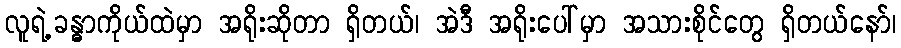
လူရဲ့ခန္ဓာကိုယ်ထဲမှာ အရိုးဆိုတာ ရှိတယ်၊ အဲဒီ အရိုးပေါ်မှာ အသားစိုင်တွေ ရှိတယ်နော်၊